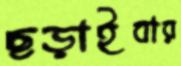
ছড়াইবার